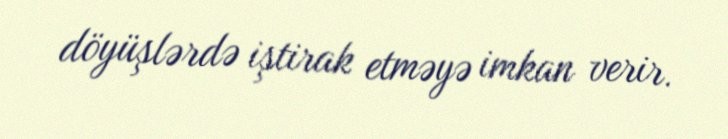
döyüşlərdə iştirak etməyə imkan verir.